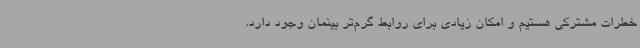
خطرات مشترکی هستیم و امکان زیادی برای روابط گرم‌تر بینمان وجود دارد.